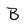
Character: B